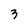
Character: 3